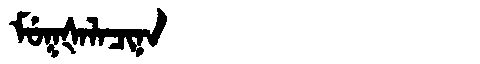
Manchu: ᠮᡠᡴᡧᠠᠯᠠᠴᡳᠨᠠ
Romanization: MUKŠALACINA